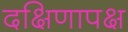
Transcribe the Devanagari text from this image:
दक्षिणापक्ष